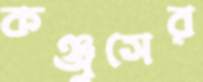
কঞ্জুসের